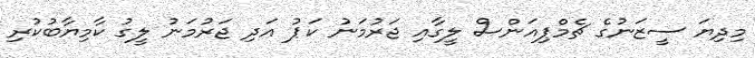
މިދިޔަ ސީޒަނުގެ ޗެމްޕިއަންސް ލީގާއި ޖަރުމަނު ކަޕު އަދި ޖަރުމަނު ލީގު ކާމިޔާބުކުރި